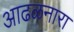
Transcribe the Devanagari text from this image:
आढळनारा